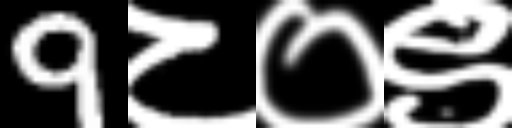
Text: 9८०९